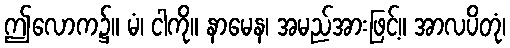
ဤလောက၌။ မံ၊ ငါကို။ နာမေန၊ အမည်အားဖြင့်။ အာလပိတုံ၊